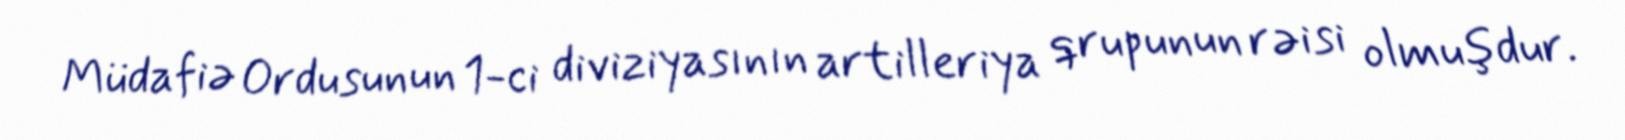
Müdafiə Ordusunun 1-ci diviziyasının artilleriya qrupunun rəisi olmuşdur.